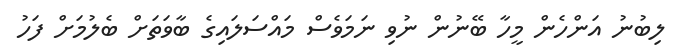
ލިބުނު އަންހެން މީހާ ބޭނުން ނުވި ނަމަވެސް މައްސަލައިގެ ބާވަތަށް ބެލުމަށް ފަހު